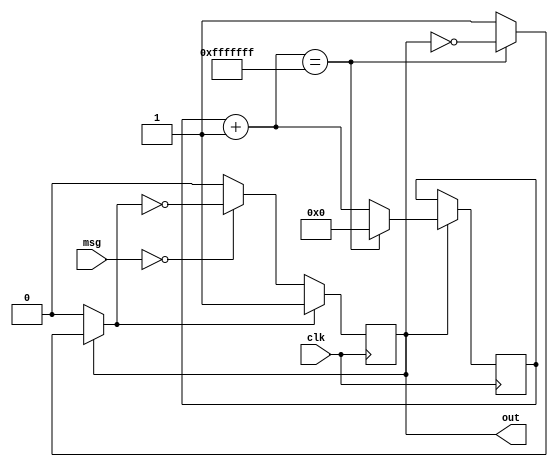
`timescale 1ns / 1ps
//////////////////////////////////////////////////////////////////////////////////
// Company: 
// Engineer: 
// 
// Design Name: 
// Module Name: 
// Project Name: 
// Target Devices: 
// Tool Versions: 
// Description: 
// 
// Dependencies: 
// 
// Revision:
// Revision 0.01 - File Created
// Additional Comments:
// 
//////////////////////////////////////////////////////////////////////////////////



module newRead(clk, msg, out);
    input clk;
    input [7:0] msg;
    output reg out;
    reg [27:0] index = 28'b0;
    always @ (posedge clk)
        begin
            if(out == 1)
            begin
                index = index + 1;
                if(index == 268435455)
                begin
                    out = ~out;
                    index = 0;
                end
            end
            if(out == 0)
            begin
                if(msg == 8'b00000000)
                begin
                    out = ~out;
                end
            end
        end
endmodule


module splitter(clk, msg, out);
    input clk;
    input [15:0] msg;
    output reg [7:0] out;
    reg number = 0;
    always @ (posedge clk)
        begin
            if(number == 0)
                begin out <= msg[7:0]; end
            if(number == 1)
                begin out <= msg[15:8]; end
            number = ~number;
        end
endmodule